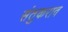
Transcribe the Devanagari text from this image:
संतुकराव